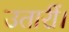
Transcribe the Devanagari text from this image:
उतारीं।